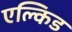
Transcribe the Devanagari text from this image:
एल्किड